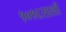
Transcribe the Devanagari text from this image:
१०१६साली